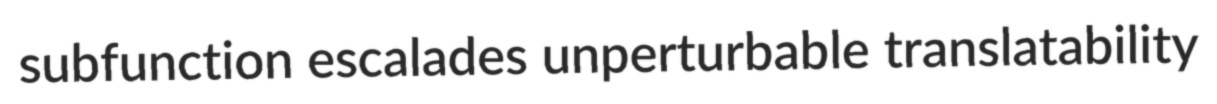
subfunction escalades unperturbable translatability